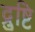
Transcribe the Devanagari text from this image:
द्रुष्टि